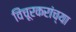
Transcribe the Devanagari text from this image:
विंचूरकरांच्या